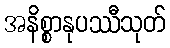
အနိစ္စာနုပဿီသုတ်